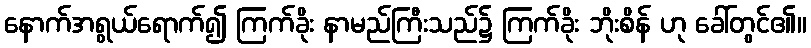
နောက်အရွယ်ရောက်၍ ကြက်ခိုး နာမည်ကြီးသည်၌ ကြက်ခိုး ဘိုးစိန် ဟု ခေါ်တွင်၏။